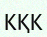
КҚК